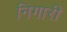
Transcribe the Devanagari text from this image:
निगारी